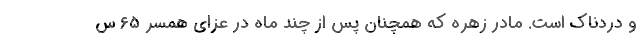
و دردناک است. مادر زهره که همچنان پس از چند ماه در عزای همسر ۶۵ س